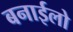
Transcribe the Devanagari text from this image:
बनाईलो